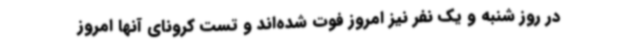
در روز شنبه و یک نفر نیز امروز فوت‌ شده‌اند و تست کرونای آنها امروز